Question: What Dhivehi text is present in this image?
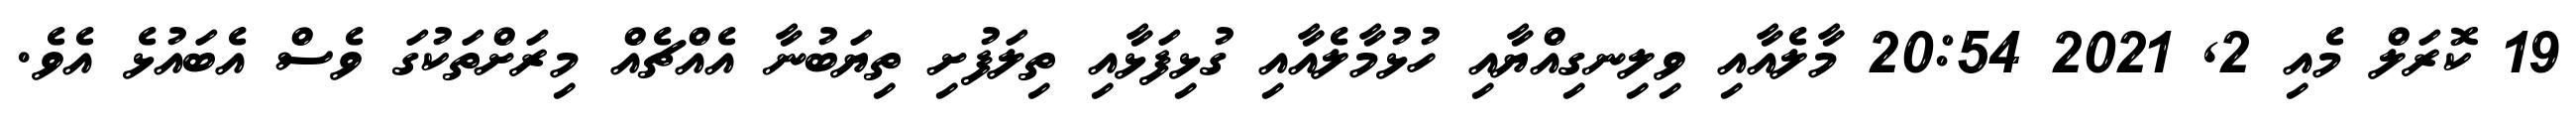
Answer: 19 ކޮރަލް މެއި 2, 2021 20:54 މާލެއާއި ވިލިނގިއްޔާއި ހުޅުމާލެއާއި ގުޅިފަޅާއި ތިލަފުށި ތިޔަބުނާ އެއްޗެއް މިރަށްތަކުގަ ވެސް އެބައުޅެ އެވެ.